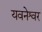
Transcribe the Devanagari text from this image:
यवनेश्वर